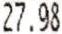
27.98